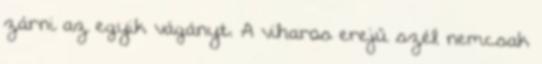
zárni az egyik vágányt. A viharos erejű szél nemcsak